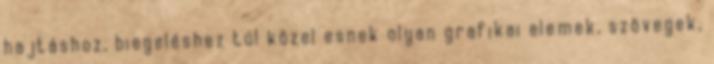
hajtáshoz, biegeléshez túl közel esnek olyan grafikai elemek, szövegek,